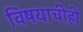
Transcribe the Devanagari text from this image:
विषयाचीही